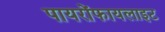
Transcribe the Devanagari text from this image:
पायरोंफायलाइट